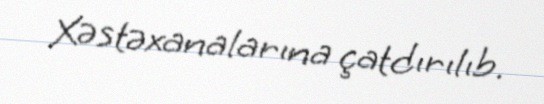
Xəstəxanalarına çatdırılıb.